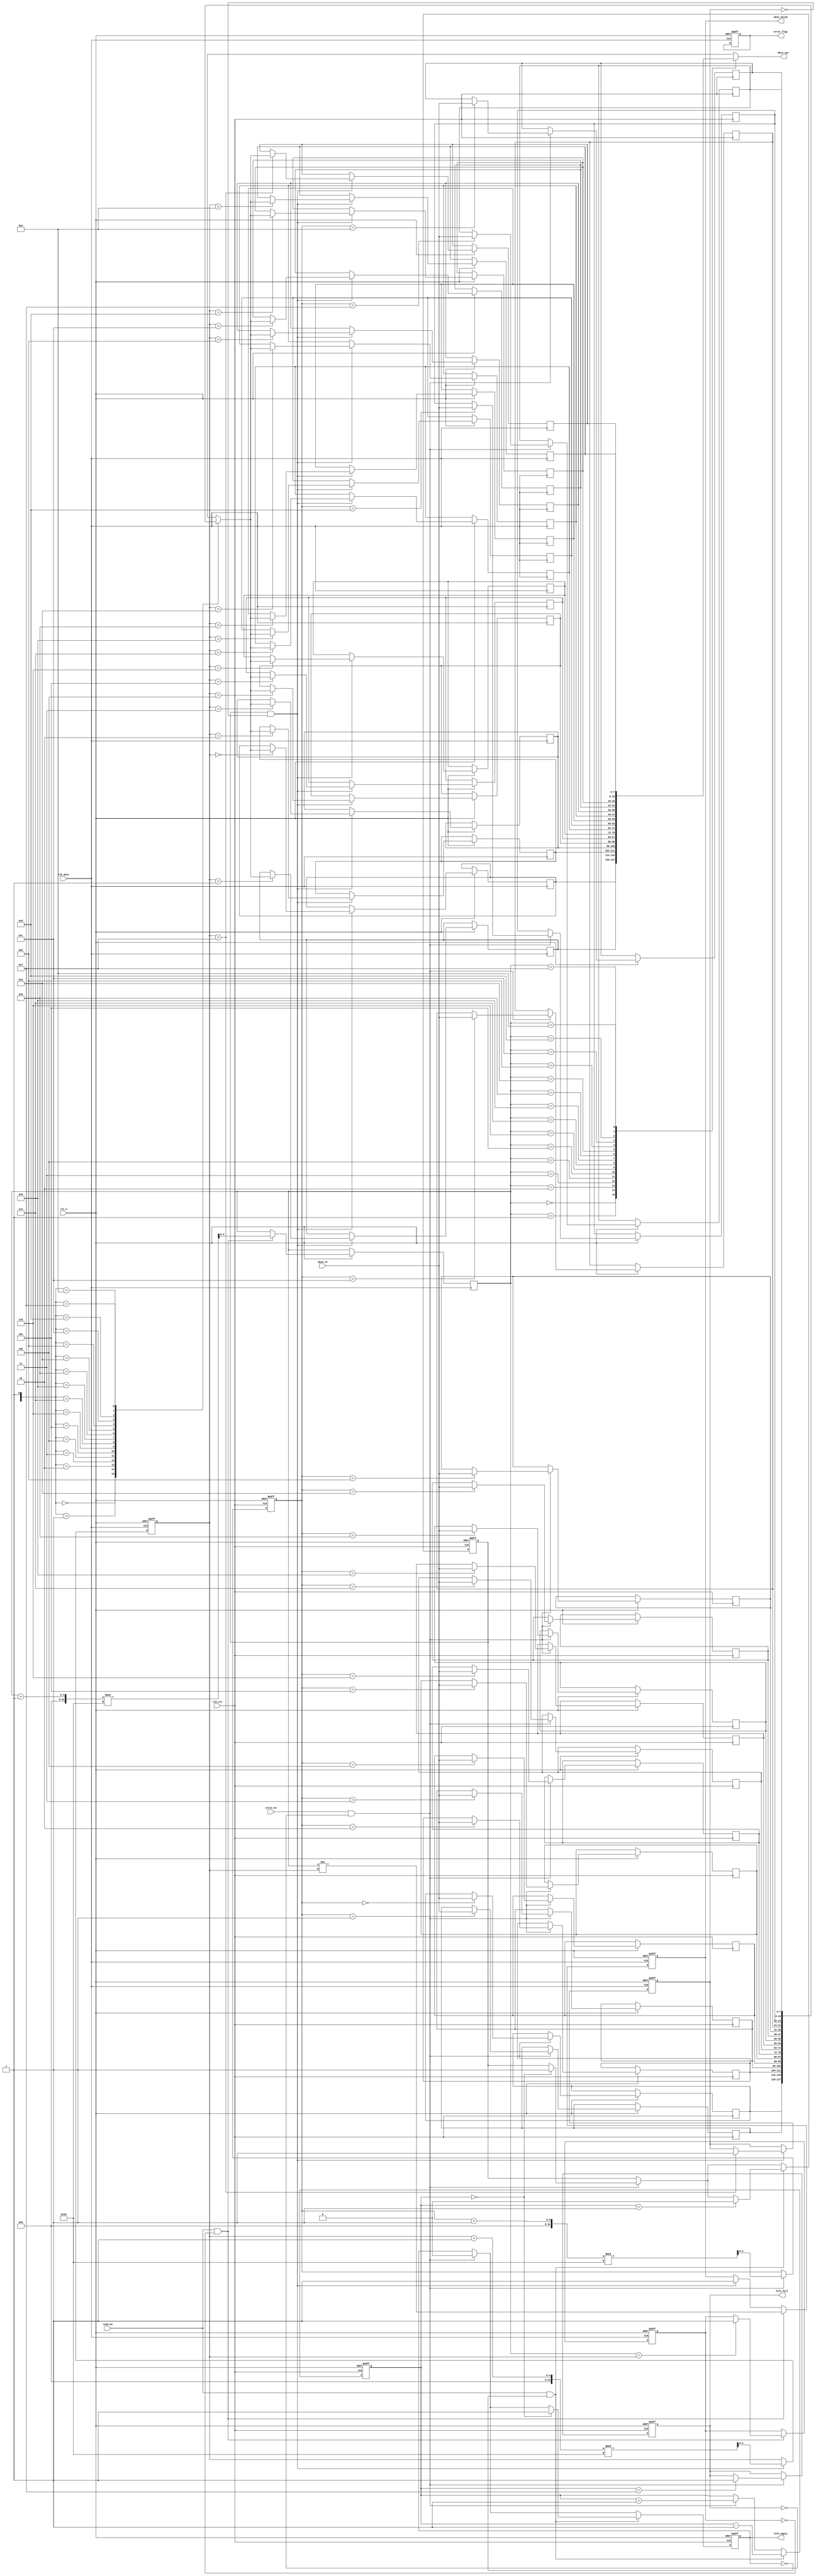
module burst_mode_synchronizer #(
    parameter DATA_WIDTH = 8,
    parameter FIFO_DEPTH = 16
)(
    input wire clk_src,          // Source clock
    input wire clk_dest,         // Destination clock
    input wire rst_n,            // Active low reset
    input wire [DATA_WIDTH-1:0] data_in, // Data input
    input wire write_en,         // Write enable for input FIFO
    output wire fifo_full,       // Input FIFO full flag
    output wire fifo_empty,      // Input FIFO empty flag
    output wire [DATA_WIDTH-1:0] data_out, // Data output
    input wire read_en,          // Read enable for output FIFO
    output wire data_valid,      // Data valid signal
    output wire error_flag        // Error flag for burst transfer
);

// Input FIFO buffer
reg [DATA_WIDTH-1:0] input_fifo [0:FIFO_DEPTH-1];
reg [3:0] write_ptr, read_ptr;
reg fifo_full_reg, fifo_empty_reg;
reg [3:0] fifo_count;

// Burst detection logic
reg burst_detected;
reg [3:0] burst_counter;

// Output FIFO buffer
reg [DATA_WIDTH-1:0] output_fifo [0:FIFO_DEPTH-1];
reg [3:0] output_write_ptr, output_read_ptr;
reg output_fifo_full, output_fifo_empty;

// Control signals
reg data_valid_reg;
reg error_flag_reg;

// FIFO management
always @(posedge clk_src or negedge rst_n) begin
    if (!rst_n) begin
        write_ptr <= 0;
        fifo_count <= 0;
        fifo_full_reg <= 0;
        fifo_empty_reg <= 1;
        burst_detected <= 0;
        burst_counter <= 0;
    end else begin
        if (write_en && !fifo_full_reg) begin
            input_fifo[write_ptr] <= data_in;
            write_ptr <= (write_ptr + 1) % FIFO_DEPTH;
            fifo_count <= fifo_count + 1;
            fifo_empty_reg <= 0;
            if (fifo_count == 0) begin
                burst_detected <= 1; // Start of burst
            end
            if (fifo_count == FIFO_DEPTH - 1) begin
                fifo_full_reg <= 1; // FIFO is full
            end
        end
        if (read_en && !fifo_empty_reg) begin
            fifo_count <= fifo_count - 1;
            if (fifo_count == 1) begin
                burst_detected <= 0; // End of burst
            end
            if (fifo_count == 0) begin
                fifo_empty_reg <= 1; // FIFO is empty
            end
        end
    end
end

assign fifo_full = fifo_full_reg;
assign fifo_empty = fifo_empty_reg;

// Data synchronization circuit
always @(posedge clk_dest or negedge rst_n) begin
    if (!rst_n) begin
        output_write_ptr <= 0;
        output_fifo_full <= 0;
        output_fifo_empty <= 1;
        data_valid_reg <= 0;
        error_flag_reg <= 0;
    end else begin
        if (burst_detected && !output_fifo_full) begin
            output_fifo[output_write_ptr] <= input_fifo[read_ptr];
            output_write_ptr <= (output_write_ptr + 1) % FIFO_DEPTH;
            data_valid_reg <= 1;
            if (output_write_ptr == FIFO_DEPTH - 1) begin
                output_fifo_full <= 1; // Output FIFO is full
            end
        end
        if (read_en && !output_fifo_empty) begin
            output_read_ptr <= (output_read_ptr + 1) % FIFO_DEPTH;
            data_valid_reg <= (output_read_ptr != output_write_ptr);
            if (output_read_ptr == output_write_ptr) begin
                output_fifo_empty <= 1; // Output FIFO is empty
            end
        end
    end
end

assign data_out = output_fifo[output_read_ptr];
assign data_valid = data_valid_reg;
assign error_flag = error_flag_reg; // Implement error detection logic as needed

endmodule